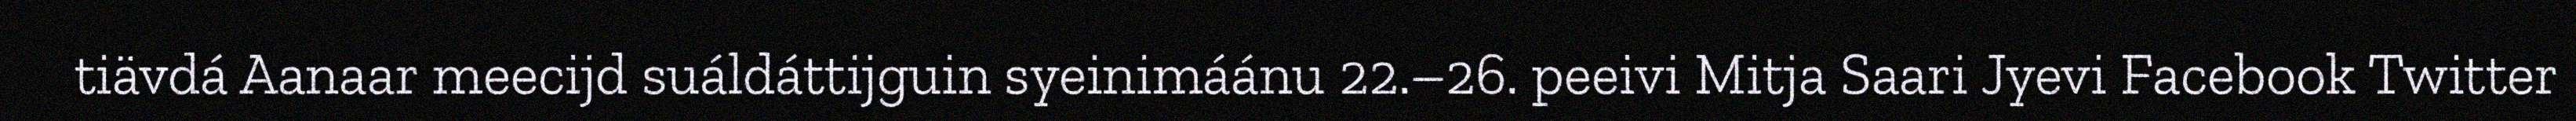
tiävdá Aanaar meecijd suáldáttijguin syeinimáánu 22.–26. peeivi Mitja Saari Jyevi Facebook Twitter